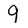
Character: 9